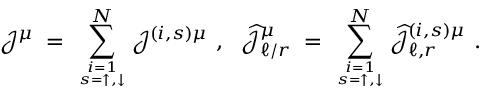
{ \mathcal J } ^ { \mu } \; = \; \sum _ { i = 1 \atop s = \uparrow , \downarrow } ^ { N } { \mathcal J } ^ { ( i , s ) \mu } ~ , ~ ~ \widehat { { \mathcal J } } _ { \ell / r } ^ { \mu } \; = \; \sum _ { i = 1 \atop s = \uparrow , \downarrow } ^ { N } \widehat { { \mathcal J } } _ { \ell , r } ^ { ( i , s ) \mu } ~ .